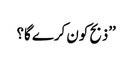
’’ذبح کون کرے گا؟